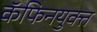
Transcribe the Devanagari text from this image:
कॅफिनयुक्त